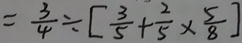
= \frac { 3 } { 4 } \div [ \frac { 3 } { 5 } + \frac { 2 } { 5 } \times \frac { 5 } { 8 } ]